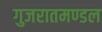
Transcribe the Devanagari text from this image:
गुजरातमण्डल